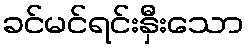
ခင်မင်ရင်းနှီးသော